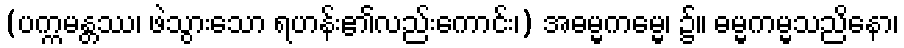
(ပက္ကမန္တဿ၊ ဖဲသွားသော ရဟန်း၏လည်းကောင်း၊) အဓမ္မကမ္မေ၊ ၌။ ဓမ္မကမ္မသညိနော၊